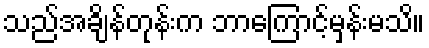
သည်အချိန်တုန်းက ဘာကြောင့်မှန်းမသိ။